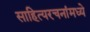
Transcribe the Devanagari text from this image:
साहित्यरचनांमध्ये